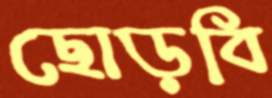
ছোড়বি